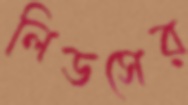
লিডসের